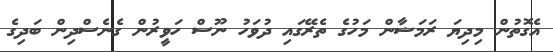
އެގޮތުން މިދިޔަ ރަމަޟާން މަހުގެ ތެރޭގައި ދުވަހު ނޫސް ހަވީރުން ގެނެސްދިން ބަދިގެ